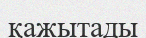
қажытады